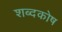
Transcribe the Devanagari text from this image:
शब्‍दकोष